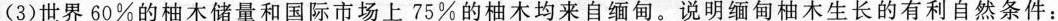
(3)世界60%的柚木储量和国际市场上75%的柚木均来自缅甸。说明缅甸柚木生长的有利自然条件: